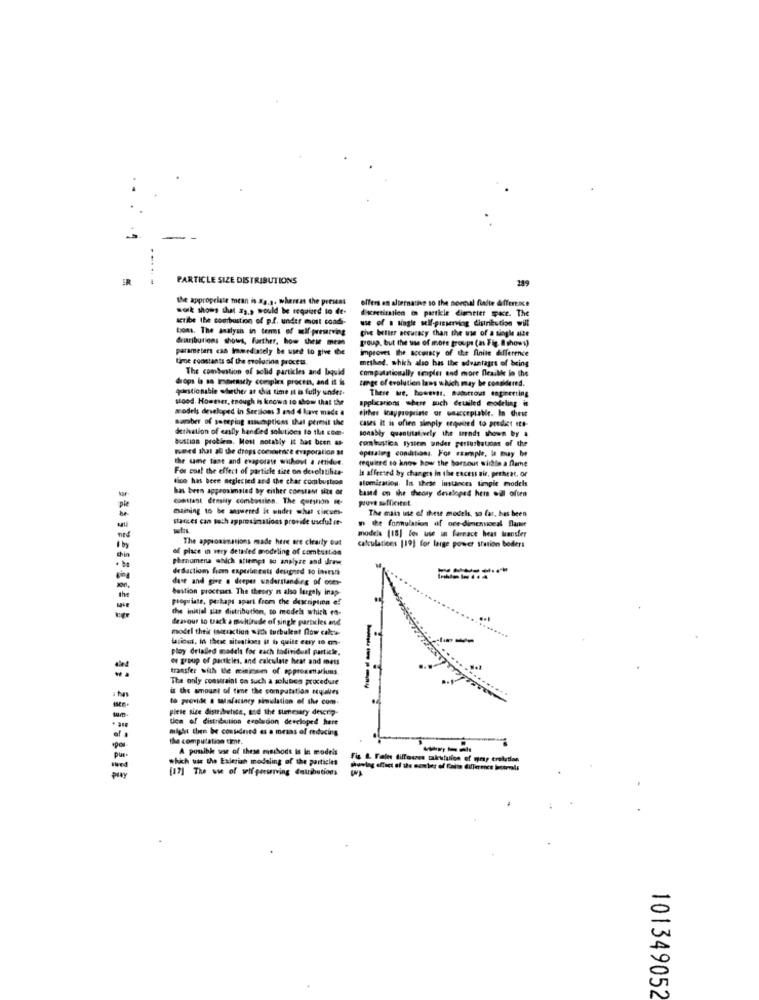
IR
PARTICLE SIZE DISTRIBUTIONS
the appropriate mean is Ka.a. whereas the present
offers an alternative so the norcal fualte Afferexce
work shows that #y ., would be required to de-
Exretiratico @ particle dimmtiet pace. The
actibe the combustion of p.f. under most condi-
use of a single self-preserving distribution will
bons. The analysis in terms of mif-preserving
the better accuracy than the use of a single alte
Giributions shows, further. how theme mem
group, but the use of more groups (in Fig. @ shows)
parameters cas Immediately be used to give the
improves the accuracy of the finite difference
time constants of the evolution process
methet, which also has the advantages of being
The combustion of solid particles and bquid
computationally trapier and more fleaikke in the
drops b so immensely complex procen, and it is
tenge of evolution lans which may be considered.
questionable whether at this time it is fully under.
There we, bowertr. haberout engineering
stood. However, enough is known to show that the
modris developed in Secilon 3 and 4 have made 4
eithes toappropriate or unacceptable. In chess
number of seteping maveptions that permit the
detiation of emlly handled solutions to the com-
cases it is often simply erquired to predict Ite-
sonably quantitatively the trends shown by a
bustian problem. Most notably it has been
combustica system under perturbations of the
weed shal all the drops commence evaporation a
optialing conditions. For example, la may be
the sie that and evaporate without a ettidue.
For coal the effect of particle size on devoltihee-
Is affected by changes in the excess air, perheat, or
require to know how the bortout within a flame
dico has beee neglected and the char combustion
atomication. In these instances timple models
has been approximaled by either constant site or
band on the theory developed hem oil often
catast demsily combosrien. The gutsnon Me-
prove sofficitet.
maining to be answered it under shut circues-
The main use of these models, so far, has been
stacces can toch approximations provide useful re-
m te formulation of one-dimensional Blame
The appronimations made here are clearly out
models [18] Ses use in farmace heat transfer
of place in very detailed modeling of combustion
calculations [19] for large power station bodlers
phenomena which attempt to analyse and draw
de Sactiom from experinests deugeed to invest
dase and give . deeper understanding of oder-
Gestion procesart. The theory n also largely inap-
propriate, perhaps apart from the description of
the initial sias distribution, to models which to-
deavour to track a multitude of single particles and
model thek interaction with turbulent flow calw
Wsidet. In these situations it b quite easy to m-
ploy detalled models for each tadividual particle.
os group of particles, and calculate heat and mets
-
transfer så the minimum of approxmariuns.
The only constraint co such a solubica procedure
is the amount of time the computation equales
-----
to provide a Manfacincy simulation of the com.
plese sice distributica, and the sumesary descrip-
Uca of distribution evolucion dercloped here
might then be considried as a means of reducing
the computation time.
A posible use of these musshods is in models
pus
which ur the Eulerian modeling of the particles
Fis & Fale tilfases takeufuice of gray crelation
[17] The use of wif preserving Catributions
pay
101349052